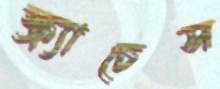
স্ক্র্যাচেস